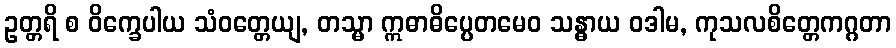
ဥတ္တရိ စ ဝိက္ခေပါယ သံဝတ္တေယျ, တသ္မာ ဣဓာဓိပ္ပေတမေဝ သန္ဓာယ ဝဒါမ, ကုသလစိတ္တေကဂ္ဂတာ